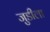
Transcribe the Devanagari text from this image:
जुडीला